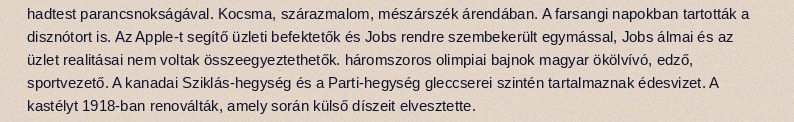
hadtest parancsnokságával. Kocsma, szárazmalom, mészárszék árendában. A farsangi napokban tartották a disznótort is. Az Apple-t segítő üzleti befektetők és Jobs rendre szembekerült egymással, Jobs álmai és az üzlet realitásai nem voltak összeegyeztethetők. háromszoros olimpiai bajnok magyar ökölvívó, edző, sportvezető. A kanadai Sziklás-hegység és a Parti-hegység gleccserei szintén tartalmaznak édesvizet. A kastélyt 1918-ban renoválták, amely során külső díszeit elvesztette.